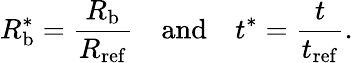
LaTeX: R_{\mathrm{b}}^{*}=\frac{R_{\mathrm{b}}}{R_{\mathrm{ref}}}\quad\mathrm{and}\quad t^{*}=\frac{t}{t_{\mathrm{ref}}}.